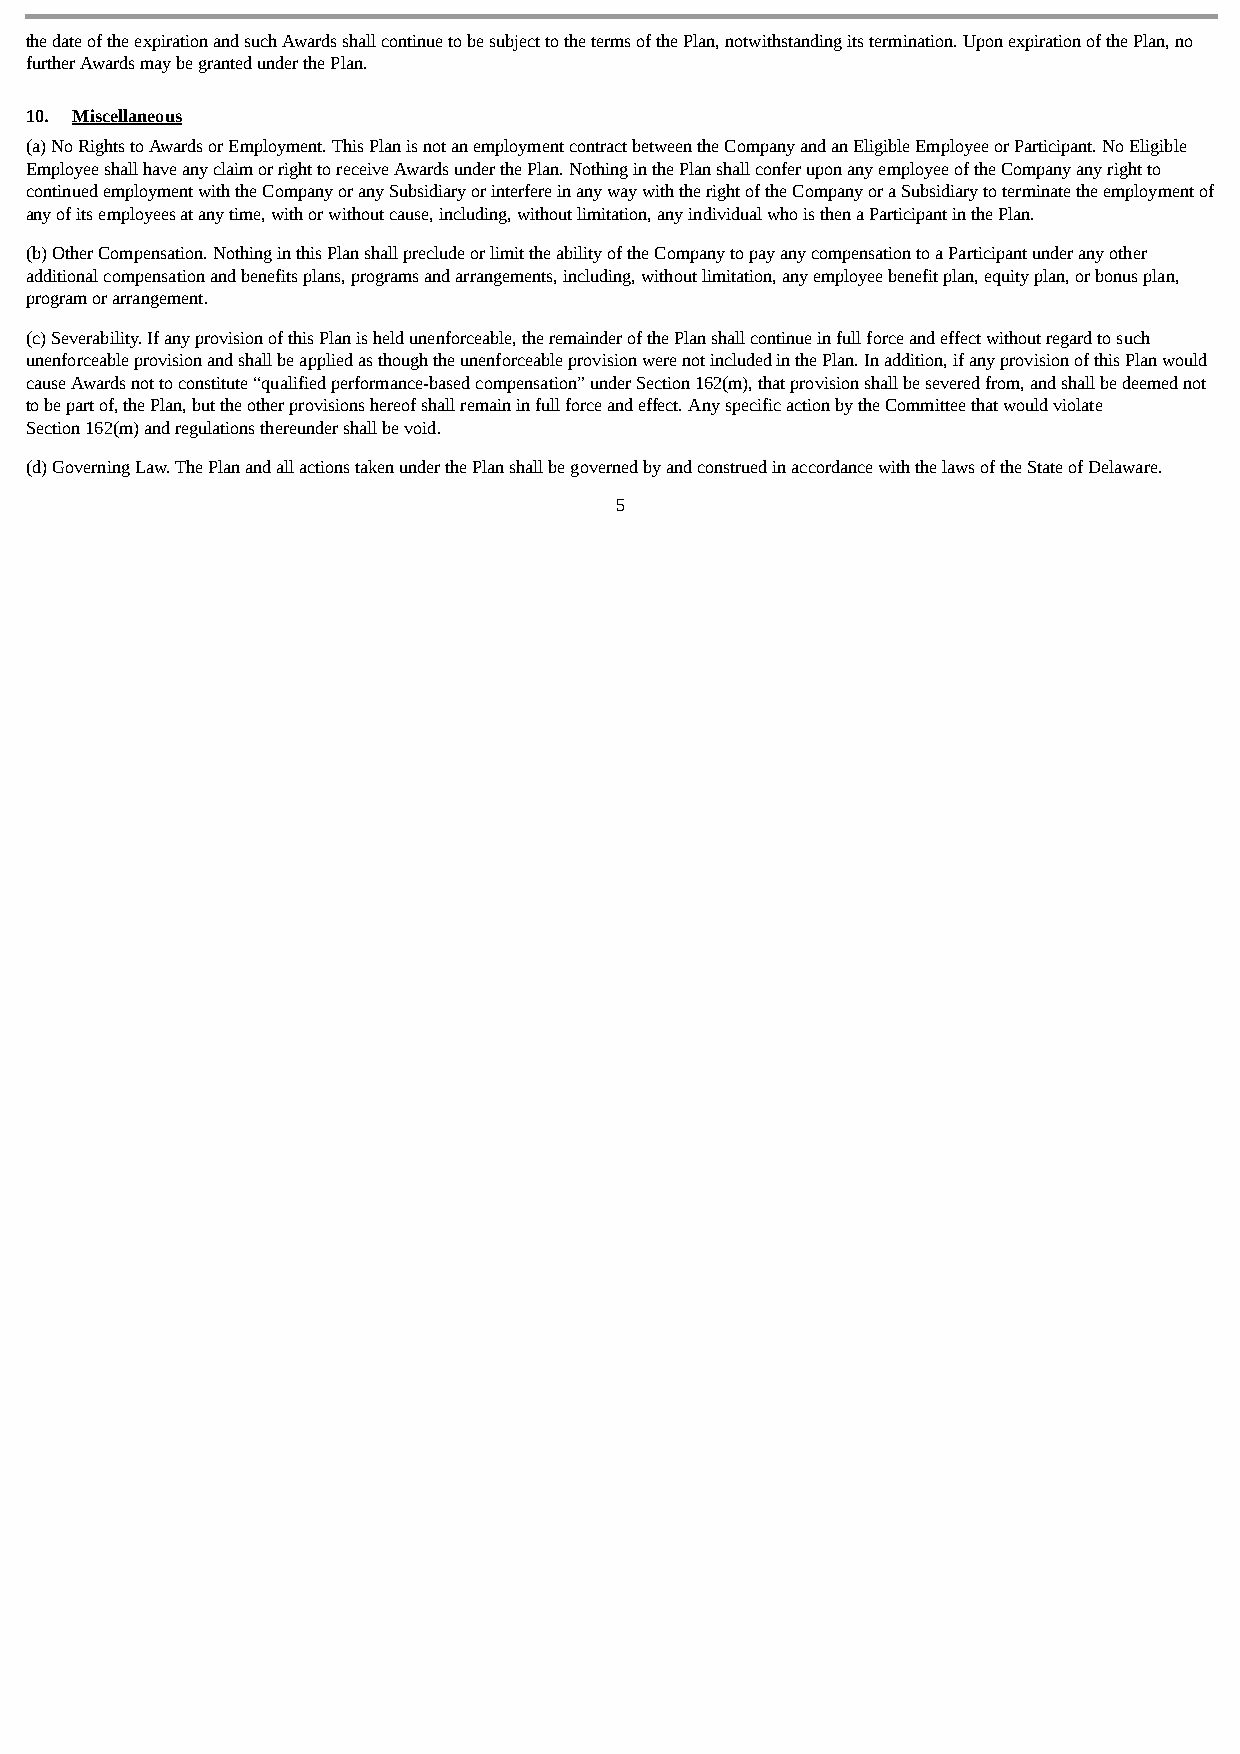
the date of the expiration and such Awards shall continue to be subject to the terms of the Plan, notwithstanding its termination. Upon expiration of the Plan, no
 further Awards may be granted under the Plan.
 10. Miscellaneous
 (a) No Rights to Awards or Employment. This Plan is not an employment contract between the Company and an Eligible Employee or Participant. No Eligible
 Employee shall have any claim or right to receive Awards under the Plan. Nothing in the Plan shall confer upon any employee of the Company any right to
 continued employment with the Company or any Subsidiary or interfere in any way with the right of the Company or a Subsidiary to terminate the employment of
 any of its employees at any time, with or without cause, including, without limitation, any individual who is then a Participant in the Plan.
 (b) Other Compensation. Nothing in this Plan shall preclude or limit the ability of the Company to pay any compensation to a Participant under any other
 additional compensation and benefits plans, programs and arrangements, including, without limitation, any employee benefit plan, equity plan, or bonus plan,
 program or arrangement.
 (c) Severability. If any provision of this Plan is held unenforceable, the remainder of the Plan shall continue in full force and effect without regard to such
 unenforceable provision and shall be applied as though the unenforceable provision were not included in the Plan. In addition, if any provision of this Plan would
 cause Awards not to constitute “qualified performance-based compensation” under Section 162(m), that provision shall be severed from, and shall be deemed not
 to be part of, the Plan, but the other provisions hereof shall remain in full force and effect. Any specific action by the Committee that would violate
 Section 162(m) and regulations thereunder shall be void.
 (d) Governing Law. The Plan and all actions taken under the Plan shall be governed by and construed in accordance with the laws of the State of Delaware.
 5